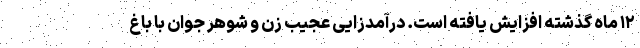
۱۲ ماه گذشته افزایش یافته است. درآمدزایی عجیب زن و شوهرِ جوان با باغ